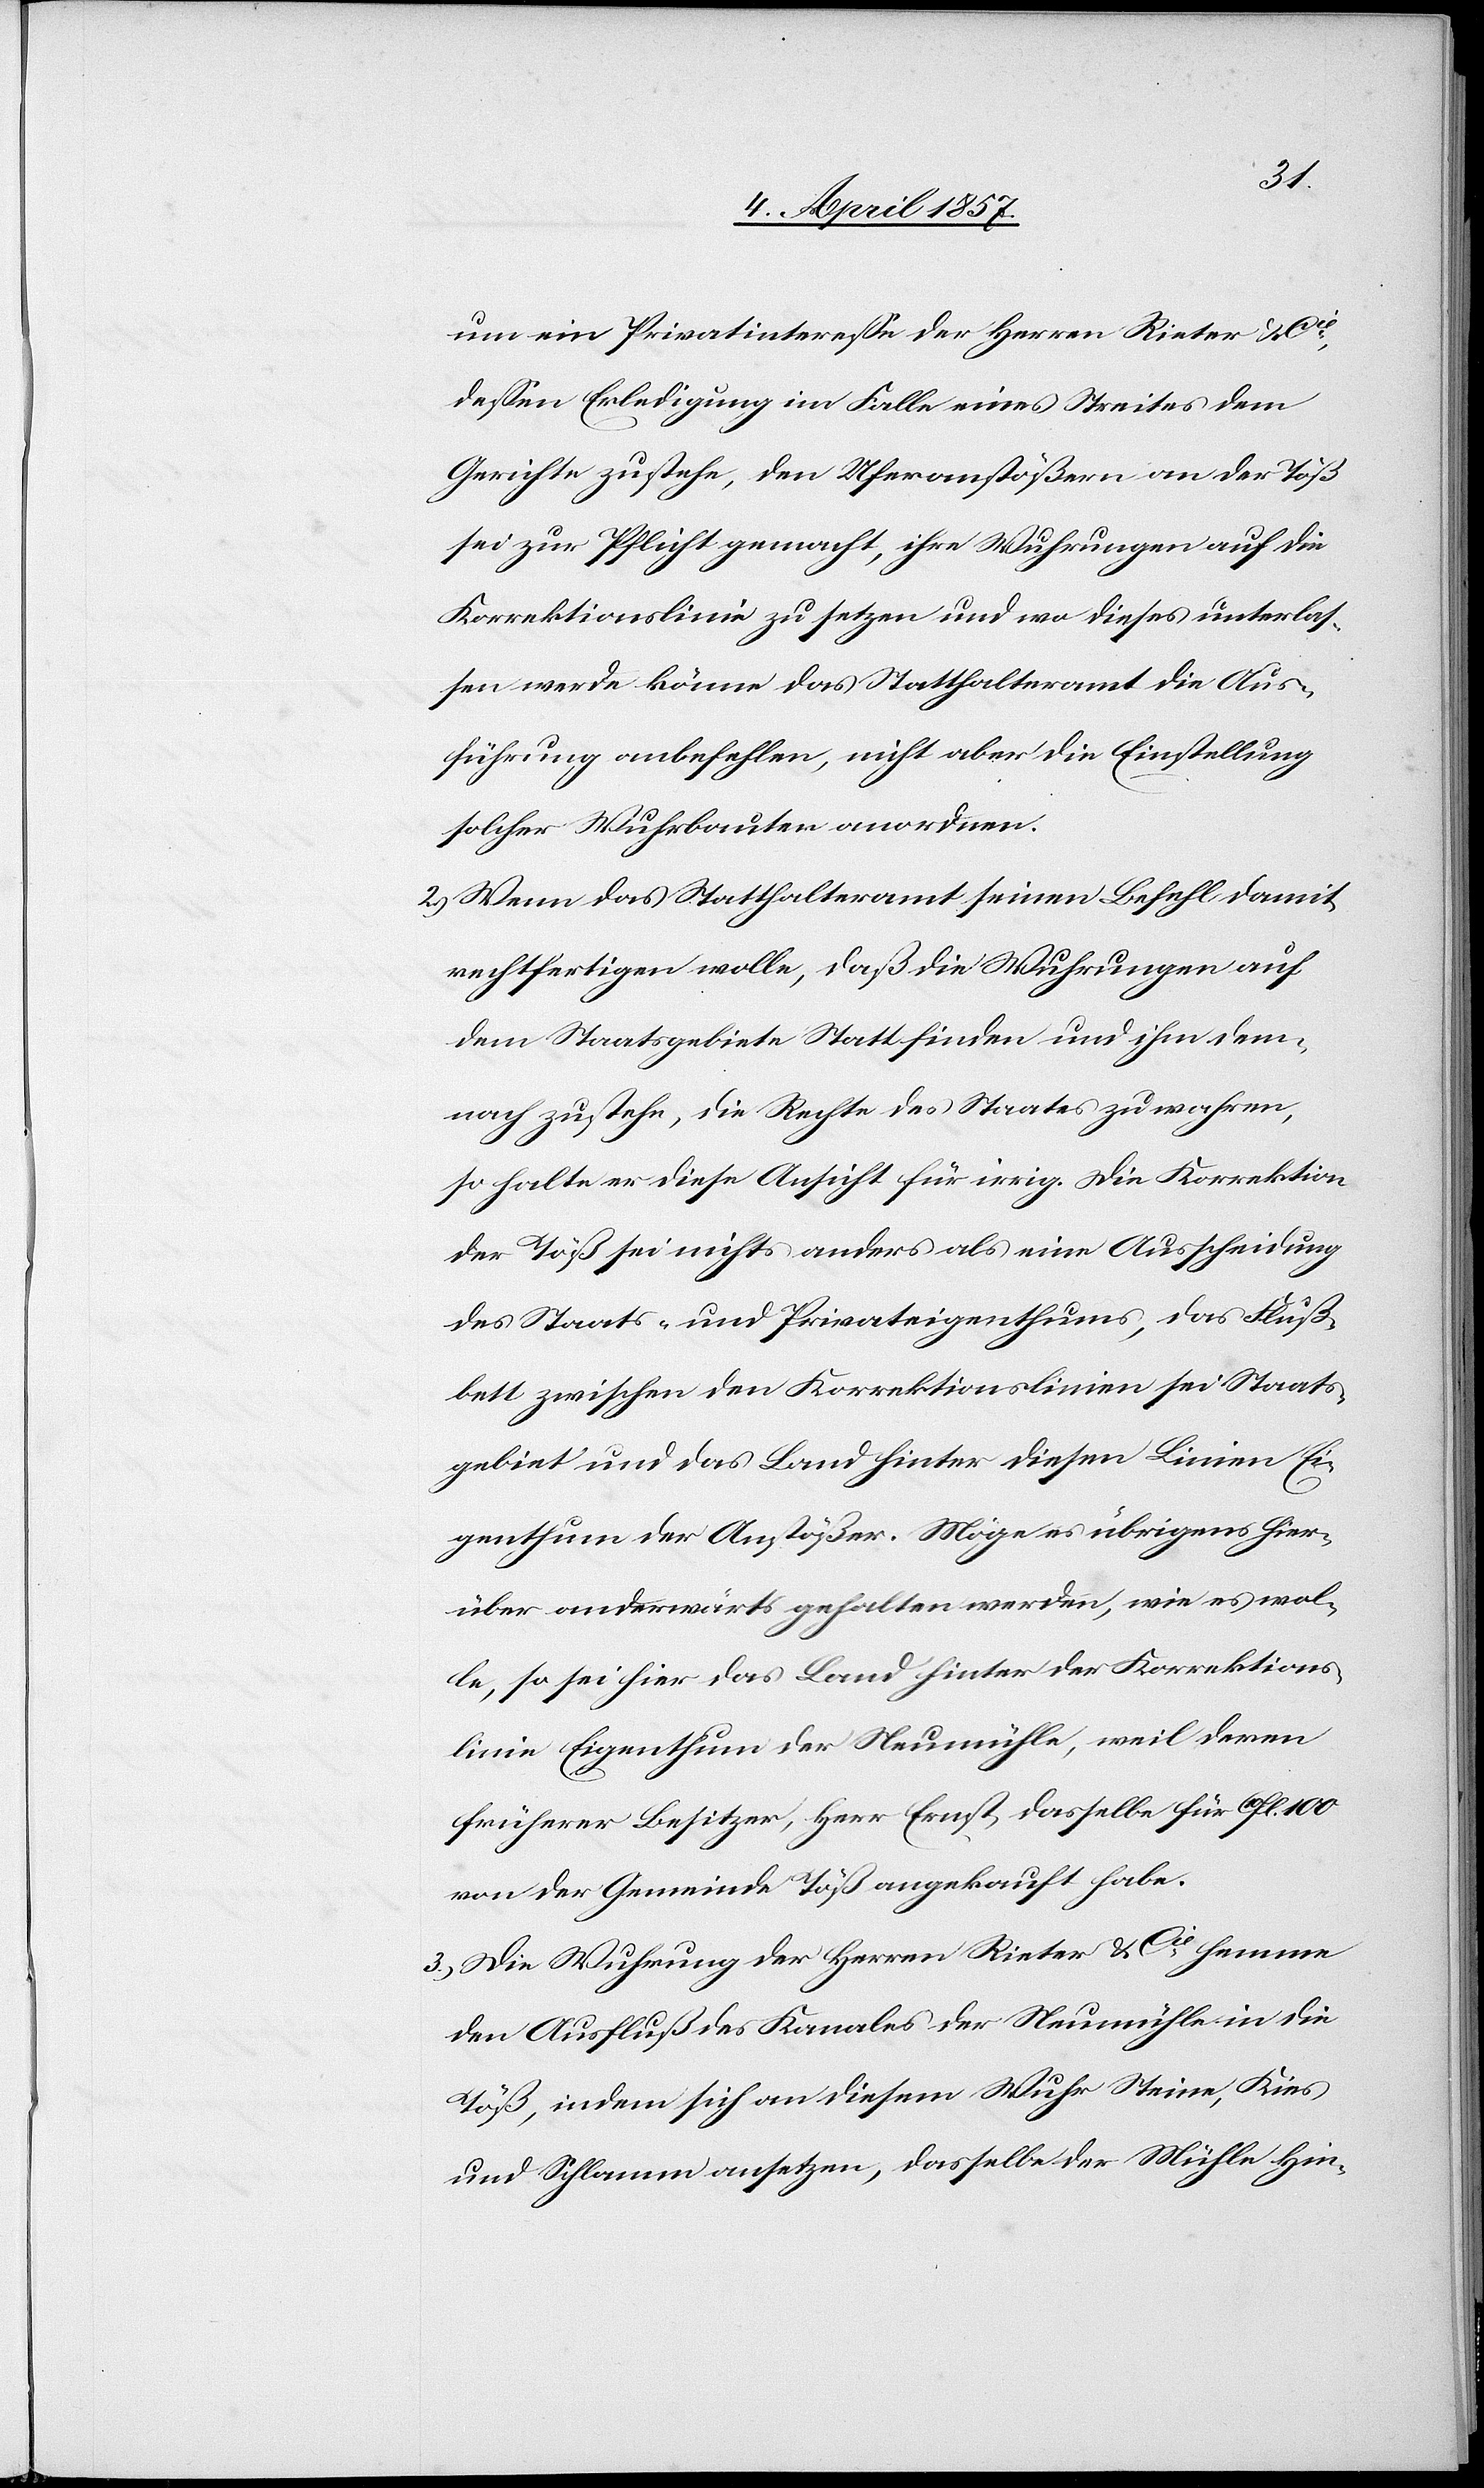
um ein Privatinteresse der Herren Rieter & Cie
dessen Erledigung im Falle eines Streites dem
Gerichte zustehe, den Uferanstößern an der Töß
sei zur Pflicht gemacht, ihre Wuhrungen auf die
Korrektionslinie zu setzen und wo dieses unterlas¬
sen werde könne das Statthalteramt die Aus¬
führung anbefehlen, nicht aber die Einstellung
solcher Wuhrbauten anordnen.
2.) Wenn das Statthalteramt seinen Befehl damit
rechtfertigen wolle, daß die Wuhrungen auf
dem Staatsgebiete Statt finden und ihm dem¬
nach zustehe, die Rechte des Staates zu wahren,
so halte er diese Ansicht für irrig. Die Korrektion
der Töß sei nichts anders als eine Ausscheidung
des Staats- und Privateigenthums, das Fluß¬
bett zwischen den Korrektionslinien sei Staats¬
gebiet und das Land hinter diesen Linien Ei¬
genthum der Anstößer. Möge es übrigens hier¬
über anderwärts gehalten werden, wie es wol¬
le, so sei hier das Land hinter der Korrektions¬
linie Eigenthum der Neumühle, weil deren
früherer Besitzer, Herr Ernst, dasselbe für 10fl. 100
von der Gemeinde Töß angekauft habe.
3.) Die Wuhrung der Herren Rieter & Cie hemme
den Ausfluß des Kanales der Neumühle in die
Töß, indem sich an diesem Wuhr Steine, Kies
und Schlamm ansetzen, dasselbe der Mühle Hin-